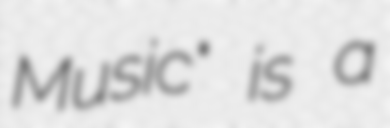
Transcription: Music" is a